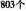
803个